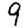
Digit: 9